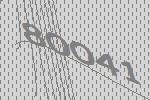
80041